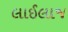
લાઈલાજ